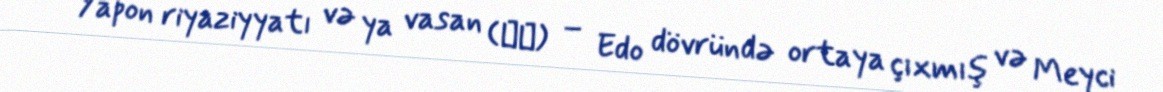
Yapon riyaziyyatı və ya vasan (和算) – Edo dövründə ortaya çıxmış və Meyci